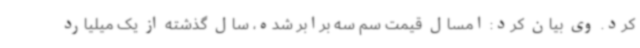
کرد. وی بیان کرد: امسال قیمت سم سه برابر شده، سال گذشته از یک میلیارد